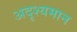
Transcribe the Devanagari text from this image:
अदृश्यमान